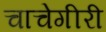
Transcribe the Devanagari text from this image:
चाचेगीरी